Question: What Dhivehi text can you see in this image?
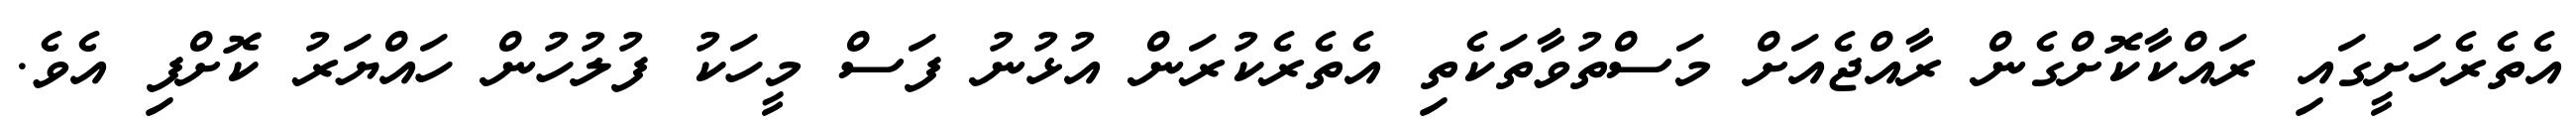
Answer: އެތެރެހަށީގައި ރައްކާކޮށްގެން ރާއްޖެއަށް މަސްތުވާތަކެތި އެތެރެކުރަން އުޅުނު ފަސް މީހަކު ފުލުހުން ހައްޔަރު ކޮށްފި އެވެ.